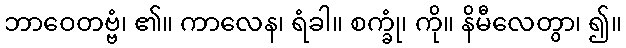
ဘာဝေတဗ္ဗံ၊ ၏။ ကာလေန၊ ရံခါ။ စက္ခုံ၊ ကို။ နိမီလေတွာ၊ ၍။